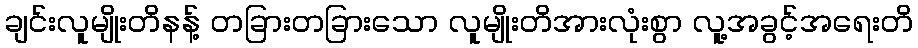
ချင်းလူမျိုးတိနန့် တခြားတခြားသော လူမျိုးတိအားလုံးစွာ လူ့အခွင့်အရေးတိ